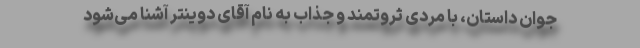
جوان داستان، با مردی ثروتمند و جذاب به نام آقای دوینتر آشنا می‌شود